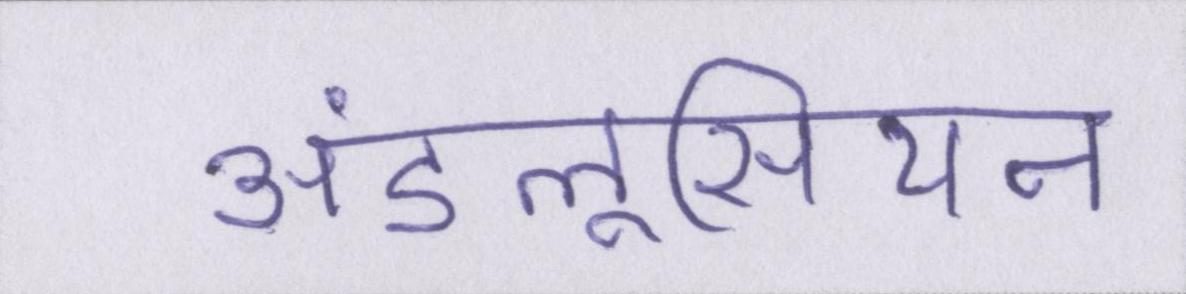
अंडलूसियन